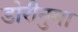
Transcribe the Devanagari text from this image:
डोरीनुमा